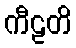
ကီဠတိ